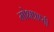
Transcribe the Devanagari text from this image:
मोक्षप्राप्‍ती